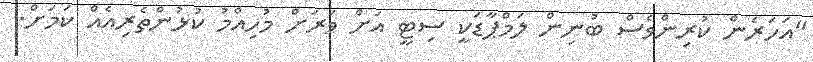
"އަހަރެން ކުރިންވެސް ބުނިން ލަމްޕާޑަކީ ސިޓީ އަށް ވަރަށް މުހިއްމު ކުޅުންތެރިއެއް ކަމަށް.